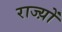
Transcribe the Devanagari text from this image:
राज्य़ों